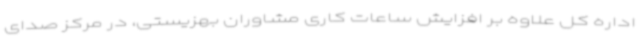
اداره کل علاوه بر افزایش ساعات کاری مشاوران بهزیستی، در مرکز صدای